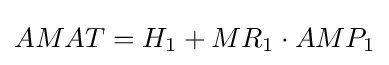
AMAT=H_{1}+MR_{1}\cdot AMP_{1}